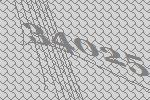
34025